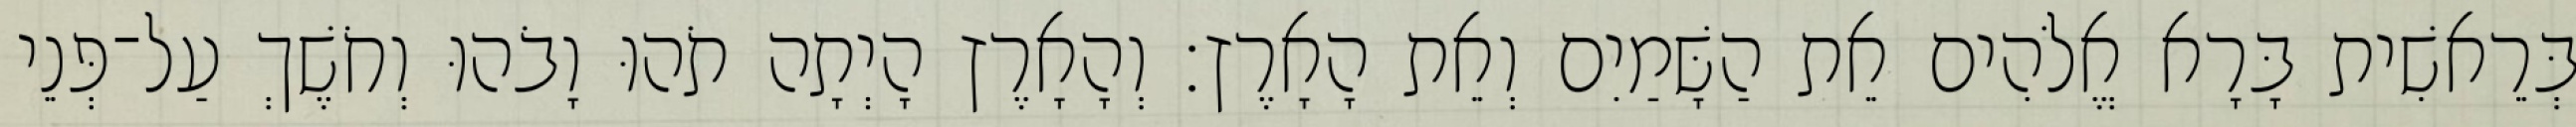
בְּרֵאשִׁית בָּרָא אֱלֹהִים אֵת הַשָּׁמַיִם וְאֵת הָאָרֶץ׃ וְהָאָרֶץ הָיְתָה תֹהוּ וָבֹהוּ וְחֹשֶׁךְ עַל־פְּנֵי